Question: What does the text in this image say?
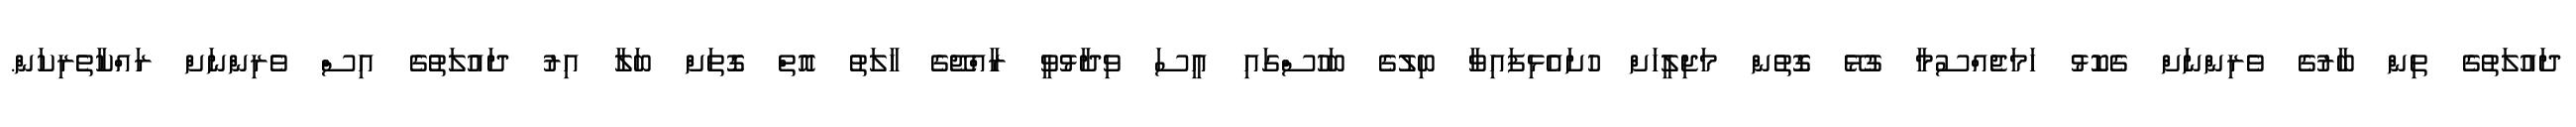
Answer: ދައުލަތުގެ ތިން ބާރުގެ ވެރިންނަށް ގެކޮޅު ހަމަޖެއްސުމާ ގުޅޭ ގޮތުން މަޖިލީހަށް ހުށައެޅިފައިވާ ބިލުގެ ބަހުސްގައި އީސަ ވިދާޅުވީ ރާއްޖޭގެ ހާލަތު އޮތް ގޮތަށް ބަލާ އިރު ދައުލަތުގެ އިސް ވެރިންނަށް ރައްކާތެރިކަން.